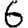
Digit: 6